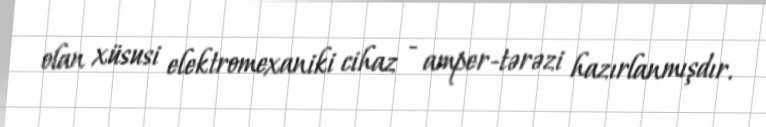
olan xüsusi elektromexaniki cihaz - amper-tərəzi hazırlanmışdır.